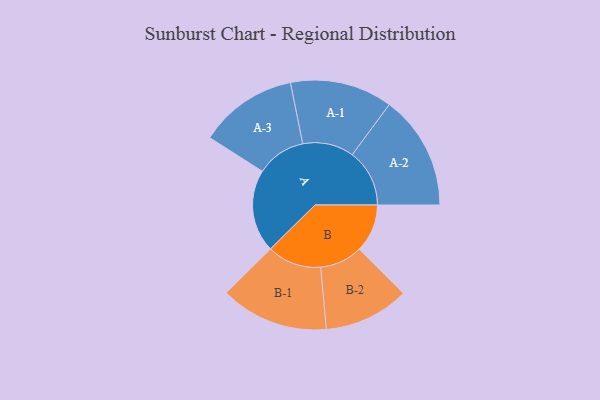
{"axis": {"x": "Segment", "y": "Value"}, "legend": ["", "A", "B"], "data": [{"x": "A", "y": 423, "type": ""}, {"x": "B", "y": 246, "type": ""}, {"x": "A-1", "y": 262, "type": "A"}, {"x": "A-2", "y": 293, "type": "A"}, {"x": "A-3", "y": 252, "type": "A"}, {"x": "B-1", "y": 277, "type": "B"}, {"x": "B-2", "y": 218, "type": "B"}]}